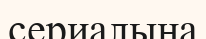
сериалына